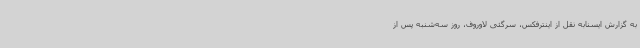
به گزارش ایسنابه نقل از اینترفکس، سرگئی لاوروف، روز سه‌شنبه پس از